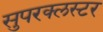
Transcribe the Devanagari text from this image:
सुपरक्‍लस्टर